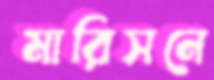
মারিসনে